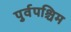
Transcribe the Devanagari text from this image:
पुर्वपश्चिम